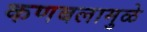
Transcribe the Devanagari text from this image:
कणबलामुळे